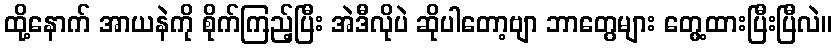
ထို့နောက် အာယနဲကို စိုက်ကြည့်ပြီး အဲဒီလိုပဲ ဆိုပါတော့ဗျာ ဘာတွေများ တွေ့ထားပြီးပြီလဲ။